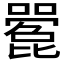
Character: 𫬌